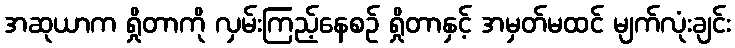
အဆုယာက ရှိုတာကို လှမ်းကြည့်နေစဉ် ရှိုတာနှင့် အမှတ်မထင် မျက်လုံးချင်း